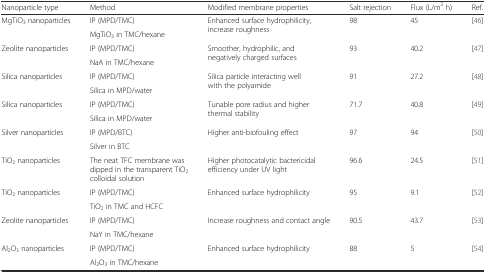
<table><thead><tr><td><b>Nanoparticle type</b></td><td><b>Method</b></td><td><b>Modified membrane properties</b></td><td><b>Salt rejection</b></td><td><b>Flux (L/m<sup>2</sup> h)</b></td><td><b>Ref.</b></td></tr></thead><tbody><tr><td rowspan="2">MgTiO<sub>3</sub> nanoparticles</td><td>IP (MPD/TMC)</td><td rowspan="2">Enhanced surface hydrophilicity, increase roughness</td><td rowspan="2">98</td><td rowspan="2">45</td><td rowspan="2">[46]</td></tr><tr><td>MgTiO<sub>3</sub> in TMC/hexane</td></tr><tr><td rowspan="2">Zeolite nanoparticles</td><td>IP (MPD/TMC)</td><td rowspan="2">Smoother, hydrophilic, and negatively charged surfaces</td><td rowspan="2">93</td><td rowspan="2">40.2</td><td rowspan="2">[47]</td></tr><tr><td>NaA in TMC/hexane</td></tr><tr><td rowspan="2">Silica nanoparticles</td><td>IP (MPD/TMC)</td><td rowspan="2">Silica particle interacting well with the polyamide</td><td rowspan="2">91</td><td rowspan="2">27.2</td><td rowspan="2">[48]</td></tr><tr><td>Silica in MPD/water</td></tr><tr><td rowspan="2">Silica nanoparticles</td><td>IP (MPD/TMC)</td><td rowspan="2">Tunable pore radius and higher thermal stability</td><td rowspan="2">71.7</td><td rowspan="2">40.8</td><td rowspan="2">[49]</td></tr><tr><td>Silica in MPD/water</td></tr><tr><td rowspan="2">Silver nanoparticles</td><td>IP (MPD/BTC)</td><td rowspan="2">Higher anti-biofouling effect</td><td rowspan="2">97</td><td rowspan="2">94</td><td rowspan="2">[50]</td></tr><tr><td>Silver in BTC</td></tr><tr><td>TiO<sub>2</sub> nanoparticles</td><td>The neat TFC membrane was dipped in the transparent TiO<sub>2</sub> colloidal solution</td><td>Higher photocatalytic bactericidal efficiency under UV light</td><td>96.6</td><td>24.5</td><td>[51]</td></tr><tr><td rowspan="2">TiO<sub>2</sub> nanoparticles</td><td>IP (MPD/TMC)</td><td rowspan="2">Enhanced surface hydrophilicity</td><td rowspan="2">95</td><td rowspan="2">9.1</td><td rowspan="2">[52]</td></tr><tr><td>TiO<sub>2</sub> in TMC and HCFC</td></tr><tr><td rowspan="2">Zeolite nanoparticles</td><td>IP (MPD/TMC)</td><td rowspan="2">Increase roughness and contact angle</td><td rowspan="2">90.5</td><td rowspan="2">43.7</td><td rowspan="2">[53]</td></tr><tr><td>NaY in TMC/hexane</td></tr><tr><td rowspan="2">Al<sub>2</sub>O<sub>3</sub> nanoparticles</td><td>IP (MPD/TMC)</td><td rowspan="2">Enhanced surface hydrophilicity</td><td rowspan="2">88</td><td rowspan="2">5</td><td rowspan="2">[54]</td></tr><tr><td>Al<sub>2</sub>O<sub>3</sub> in TMC/hexane</td></tr></tbody></table>